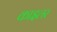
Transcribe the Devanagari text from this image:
काइलर